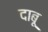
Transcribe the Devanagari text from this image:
दाबू